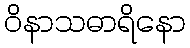
ဝိနာသဓာရိနော